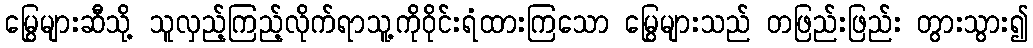
မြွေများဆီသို့ သူလှည့်ကြည့်လိုက်ရာသူ့ကိုဝိုင်းရံထားကြသော မြွေများသည် တဖြည်းဖြည်း တွားသွား၍